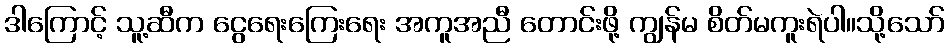
ဒါကြောင့် သူ့ဆီက ငွေရေးကြေးရေး အကူအညီ တောင်းဖို့ ကျွန်မ စိတ်မကူးရဲပါ။သို့သော်